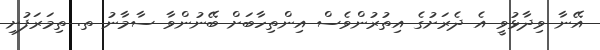
އޭނާ ވިދާޅުވީ އެ ދެރަށުގެ އިތުރުންވެސް އިންތިހާބަށް ބޭނުންވާ ސާމާނު ތ. ތިމަރަފުށި